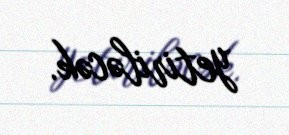
yetiriləcək.